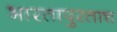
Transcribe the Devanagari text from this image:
भारतापुरताच